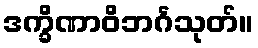
ဒက္ခိဏာဝိဘင်္ဂသုတ်။